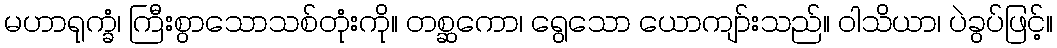
မဟာရုက္ခံ၊ ကြီးစွာသောသစ်တုံးကို။ တစ္ဆကော၊ ရွေသော ယောကျာ်းသည်။ ဝါသိယာ၊ ပဲခွပ်ဖြင့်။